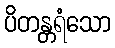
ပိတန္တရံသော